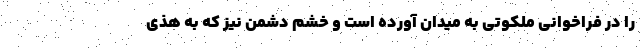
را در فراخوانی ملکوتی به میدان آورده است و خشم دشمن نیز که به هذی